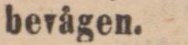
bevågen.